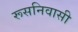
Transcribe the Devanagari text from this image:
रूसनिवासी